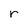
Character: r